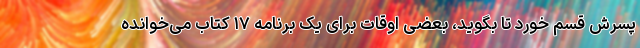
پسرش قسم خورد تا بگوید، بعضی اوقات برای یک برنامه ۱۷ کتاب می‌خوانده